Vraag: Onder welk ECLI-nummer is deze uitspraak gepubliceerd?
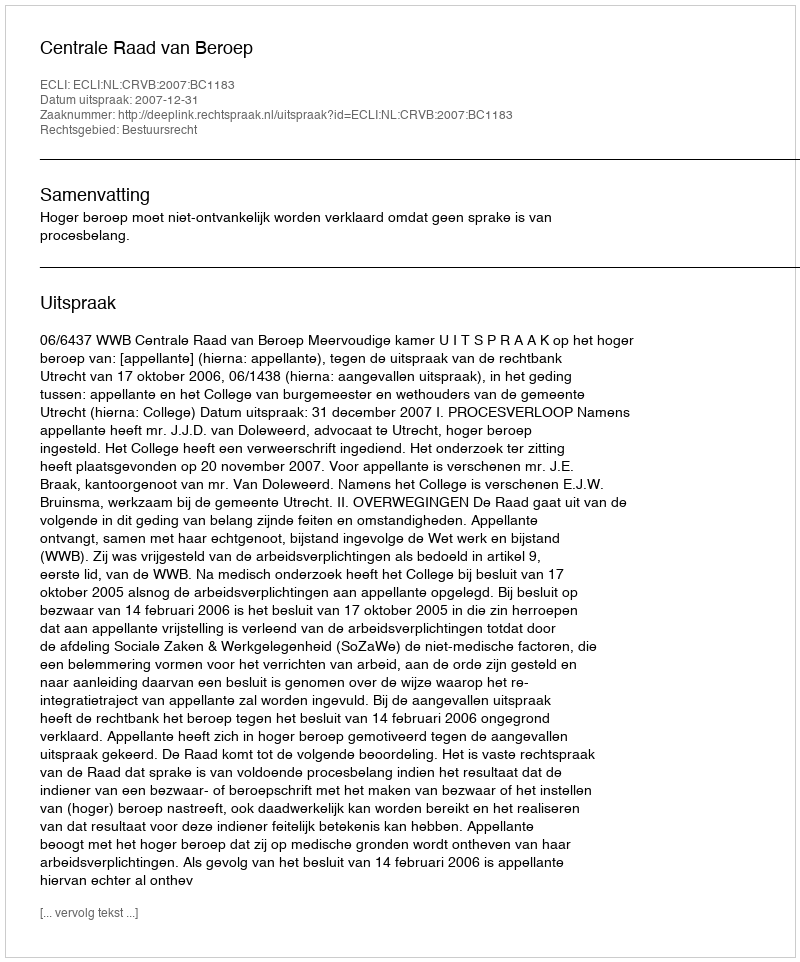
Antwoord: ECLI:NL:CRVB:2007:BC1183